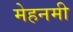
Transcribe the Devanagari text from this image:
मेहनमी